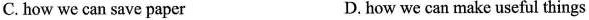
C.how we can save paper D. how we can make useful things